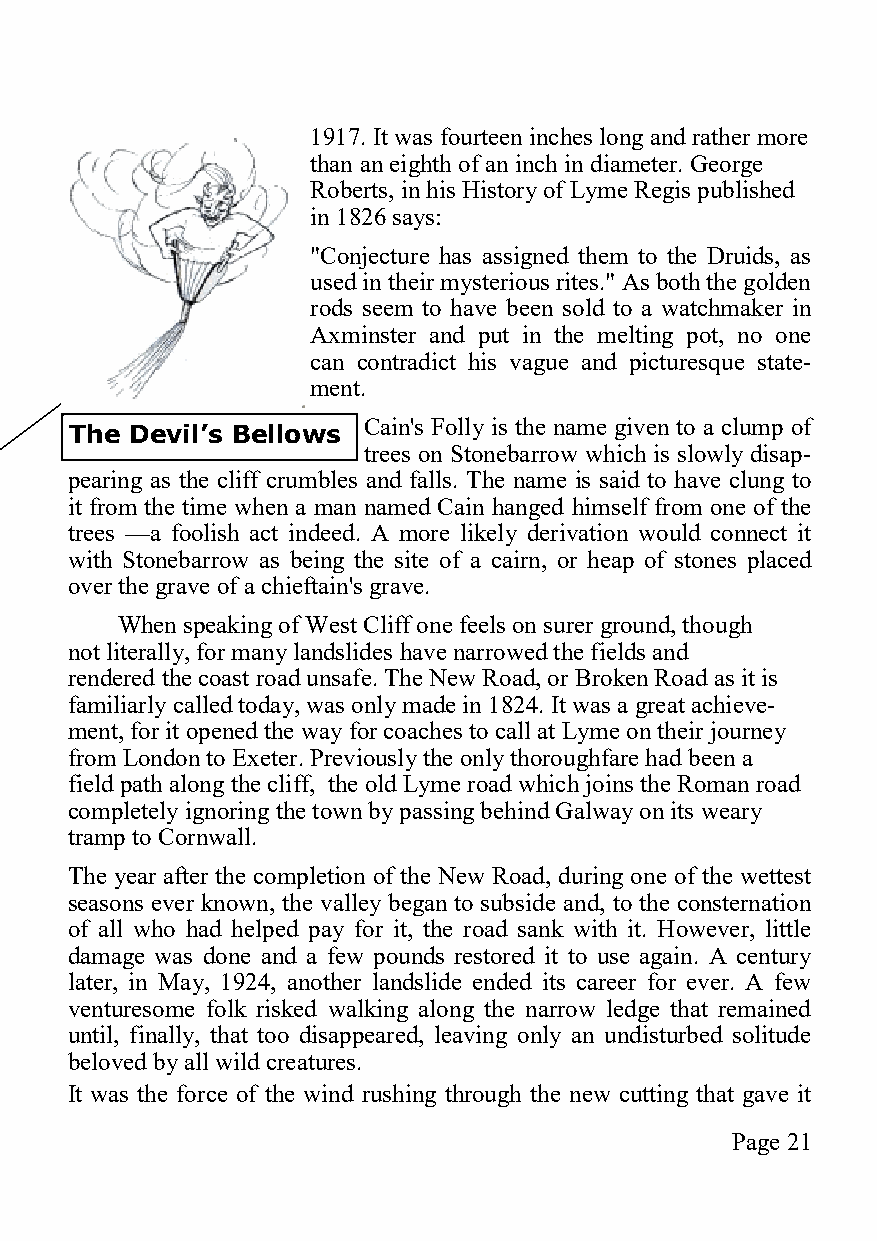
1917. It was fourteen inches long and rather more
 than an eighth of an inch in diameter. George
 Roberts, in his History of Lyme Regis published
 in 1826 says:
 "Conjecture has assigned them to the Druids, as
 used in their mysterious rites." As both the golden
 rods seem to have been sold to a watchmaker in
 Axminster and put in the melting pot, no one
 can contradict his vague and picturesque state-
 ment.
 Cain's Folly is the name given to a clump of
 The Devil’s Bellows
 trees on Stonebarrow which is slowly disap-
 pearing as the cliff crumbles and falls. The name is said to have clung to
 it from the time when a man named Cain hanged himself from one of the
 trees —a foolish act indeed. A more likely derivation would connect it
 with Stonebarrow as being the site of a cairn, or heap of stones placed
 over the grave of a chieftain's grave.
 When speaking of West Cliff one feels on surer ground, though
 not literally, for many landslides have narrowed the fields and
 rendered the coast road unsafe. The New Road, or Broken Road as it is
 familiarly called today, was only made in 1824. It was a great achieve-
 ment, for it opened the way for coaches to call at Lyme on their journey
 from London to Exeter. Previously the only thoroughfare had been a
 field path along the cliff, the old Lyme road which joins the Roman road
 completely ignoring the town by passing behind Galway on its weary
 tramp to Cornwall.
 The year after the completion of the New Road, during one of the wettest
 seasons ever known, the valley began to subside and, to the consternation
 of all who had helped pay for it, the road sank with it. However, little
 damage was done and a few pounds restored it to use again. A century
 later, in May, 1924, another landslide ended its career for ever. A few
 venturesome folk risked walking along the narrow ledge that remained
 until, finally, that too disappeared, leaving only an undisturbed solitude
 beloved by all wild creatures.
 It was the force of the wind rushing through the new cutting that gave it
 Page 21